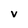
Character: v